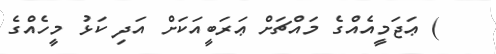
) ޢަޖަމީއެއްގެ މައްޗަށް ޢަރަބީއަކަށް އަދި ކަޅު މީހެއްގެ